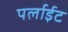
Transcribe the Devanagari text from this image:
पर्लाईट